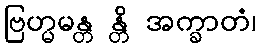
ဗြဟ္မမန္တ န္တိ အက္ခာတံ၊